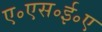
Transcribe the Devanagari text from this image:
ए॰एस॰ई॰ए